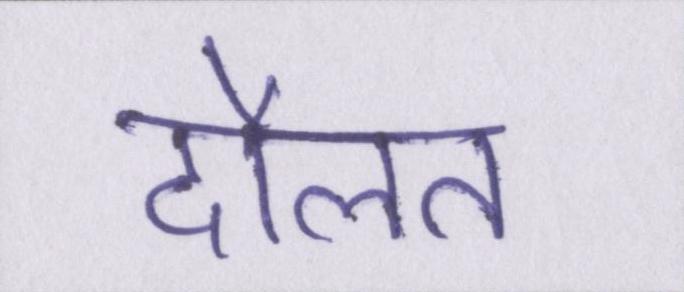
दौलत